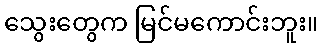
သွေးတွေက မြင်မကောင်းဘူး။